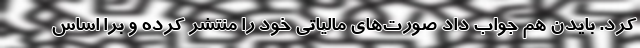
کرد. بایدن هم جواب داد صورت‌های مالیاتی خود را منتشر کرده و برا اساس